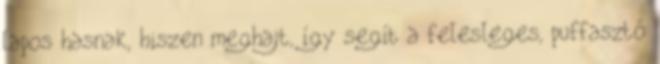
lapos hasnak, hiszen meghajt, így segít a felesleges, puffasztó